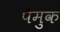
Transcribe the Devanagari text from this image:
पैमुक